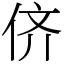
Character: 侪